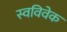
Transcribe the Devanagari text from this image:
स्‍वविवेक